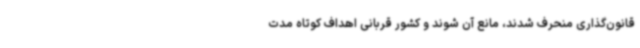
قانون‌گذاری منحرف شدند، مانع آن شوند و کشور قربانی اهداف کوتاه مدت